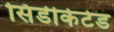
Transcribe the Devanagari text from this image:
सिंडीकेटेड